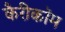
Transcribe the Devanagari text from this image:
कैरीकॉम